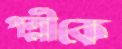
পল্লীকে